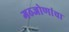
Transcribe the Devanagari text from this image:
गठजोणांचा